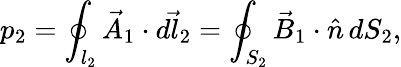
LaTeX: p_{2}=\oint_{l_{2}}\vec{A}_{1}\cdot\vec{dl_{2}}=\oint_{S_{2}}\vec{B}_{1}\cdot\hat{n}\, dS_{2},